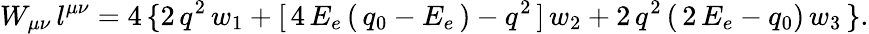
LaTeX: W_{\mu\nu}\, l^{\mu\nu}=4\, \{ 2\, q^{2}\, w_{1}+[\, 4\, E_{e}\, (\, q_{0}-E_{e}\, )-q^{2}\, ]\, w_{2}+2\, q^{2}\, (\, 2\, E_{e}-q_{0})\, w_{3}\, \} .